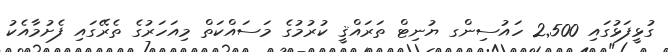
ގުޅީފަޅުގައި 2